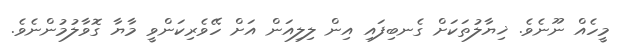
މީހެއް ނޫނެވެ. ޚިޔާލުތަކަށް ގެނބިފައި އިން ލިލިއަން އަށް ހޭވެރިކަންވީ މާޔާ ގޮވާލުމުންނެވެ.